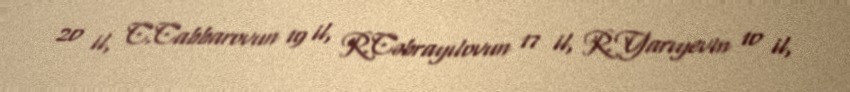
20 il, C.Cabbarovun 19 il, R.Cəbrayılovun 17 il, R.Yarıyevin 10 il,